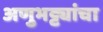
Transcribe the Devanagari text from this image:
अणुभट्ट्यांचा